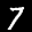
Label: 7